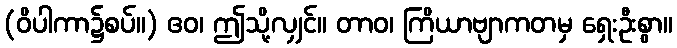
(ဝိပါကာ၌စပ်။) ဧဝ၊ ဤသို့လျှင်။ တာဝ၊ ကြိယာဗျာကတမှ ရှေးဦးစွာ။